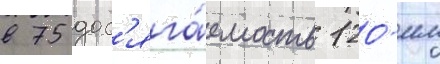
в 75 дос'яга́емость 120-мм